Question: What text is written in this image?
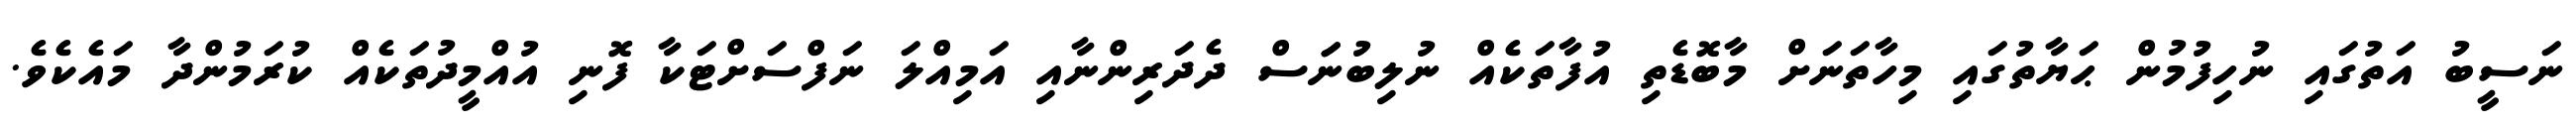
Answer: ނަސީބު އަތުގައި ނުހިފުމުން ޙަޔާތުގައި މިހާތަނަށް މާބޮޑެތި އުފާތަކެއް ނުލިބުނަަސް ދެދަރިންނާއި އަމިއްލަ ނަފްސަށްޓަކާ ފޮނި އުއްމީދުތަކެއް ކުރަމުންދާ މައެކެވެ.